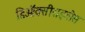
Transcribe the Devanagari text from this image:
डिऑक्सीराइबोस